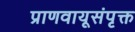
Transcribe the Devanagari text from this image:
प्राणवायूसंपृक्त